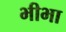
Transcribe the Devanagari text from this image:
भीभा